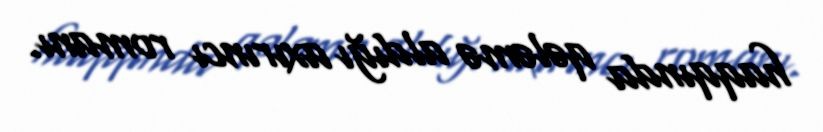
haqqında qələmə aldığı axırıncı romanı.